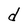
Character: d